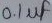
Text: 0,1µf